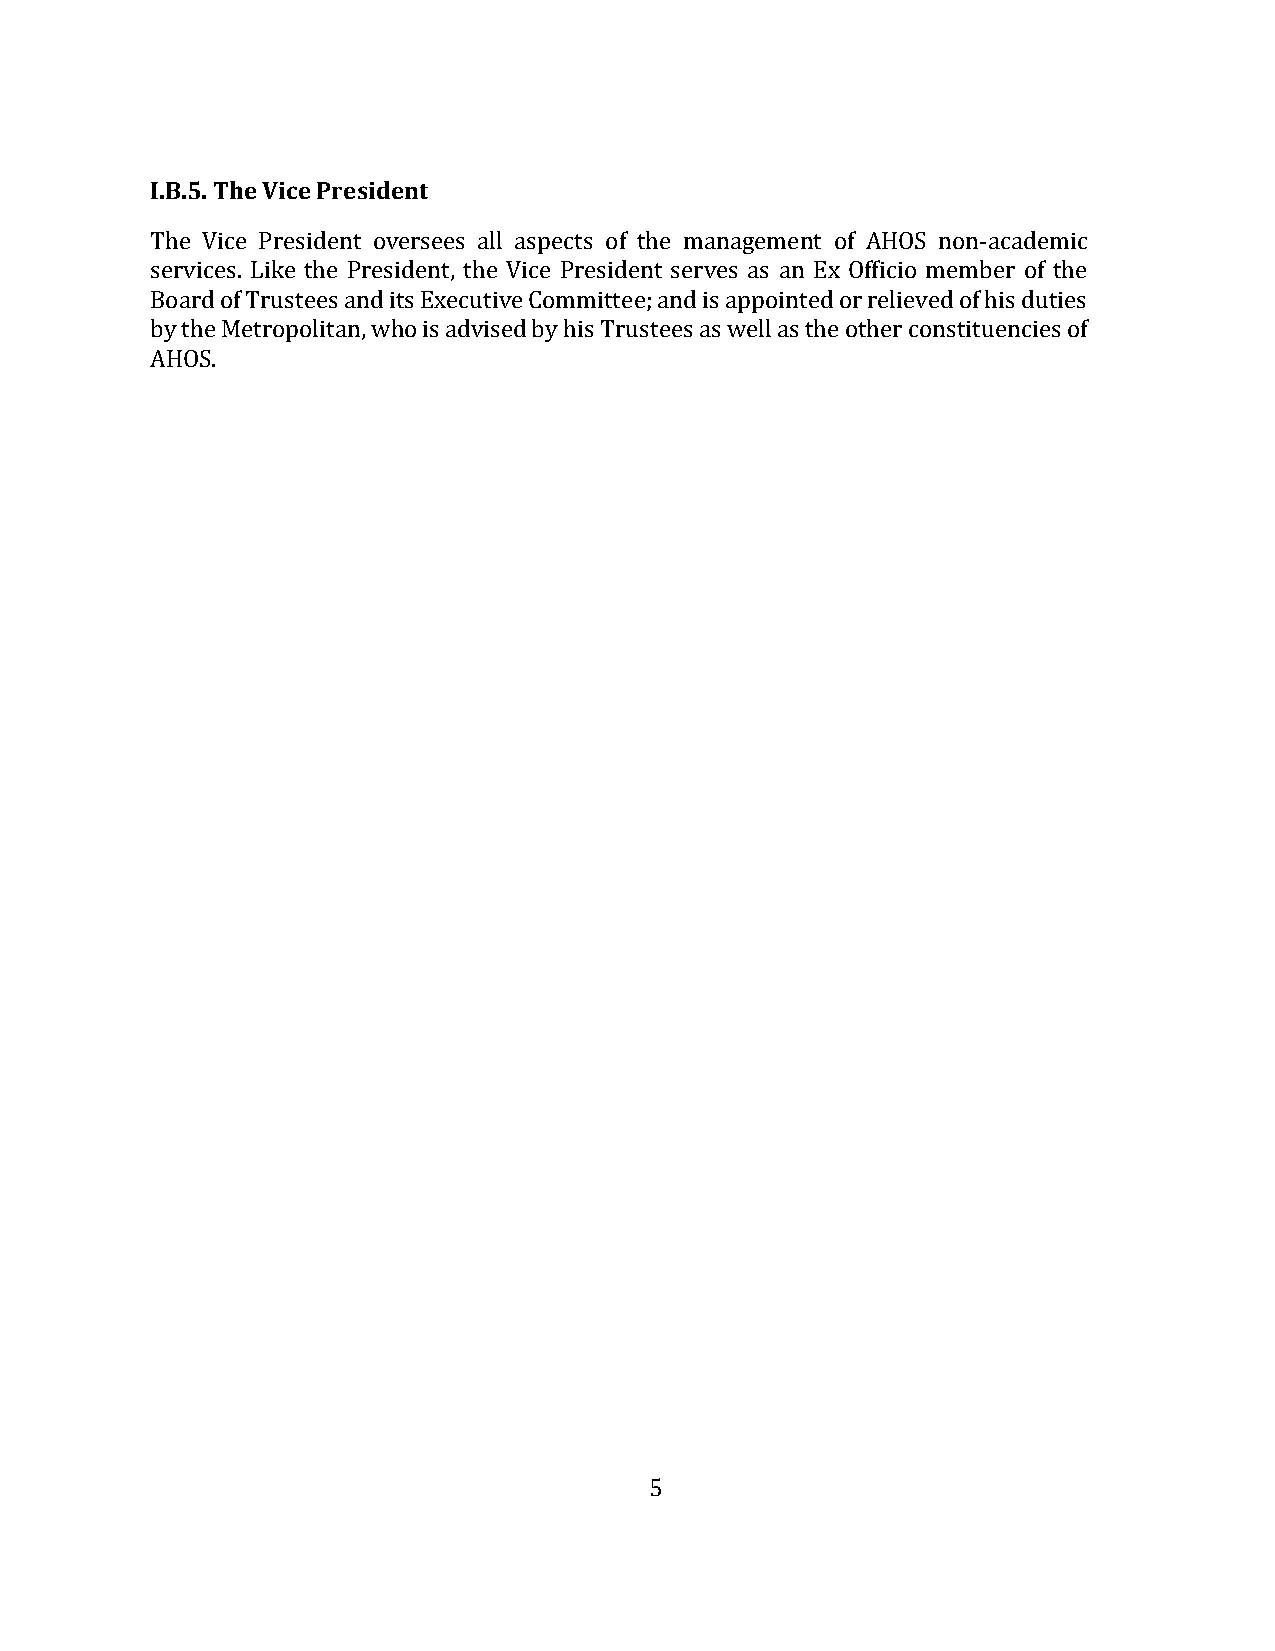
I.B.5. The Vice President
 The Vice President oversees all aspects of the management of AHOS non-academic
 services. Like the President, the Vice President serves as an Ex Officio member of the
 Board of Trustees and its Executive Committee; and is appointed or relieved of his duties
 by the Metropolitan, who is advised by his Trustees as well as the other constituencies of
 AHOS.
 5